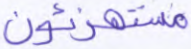
مستهزئون